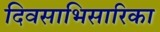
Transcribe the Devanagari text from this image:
दिवसाभिसारिका